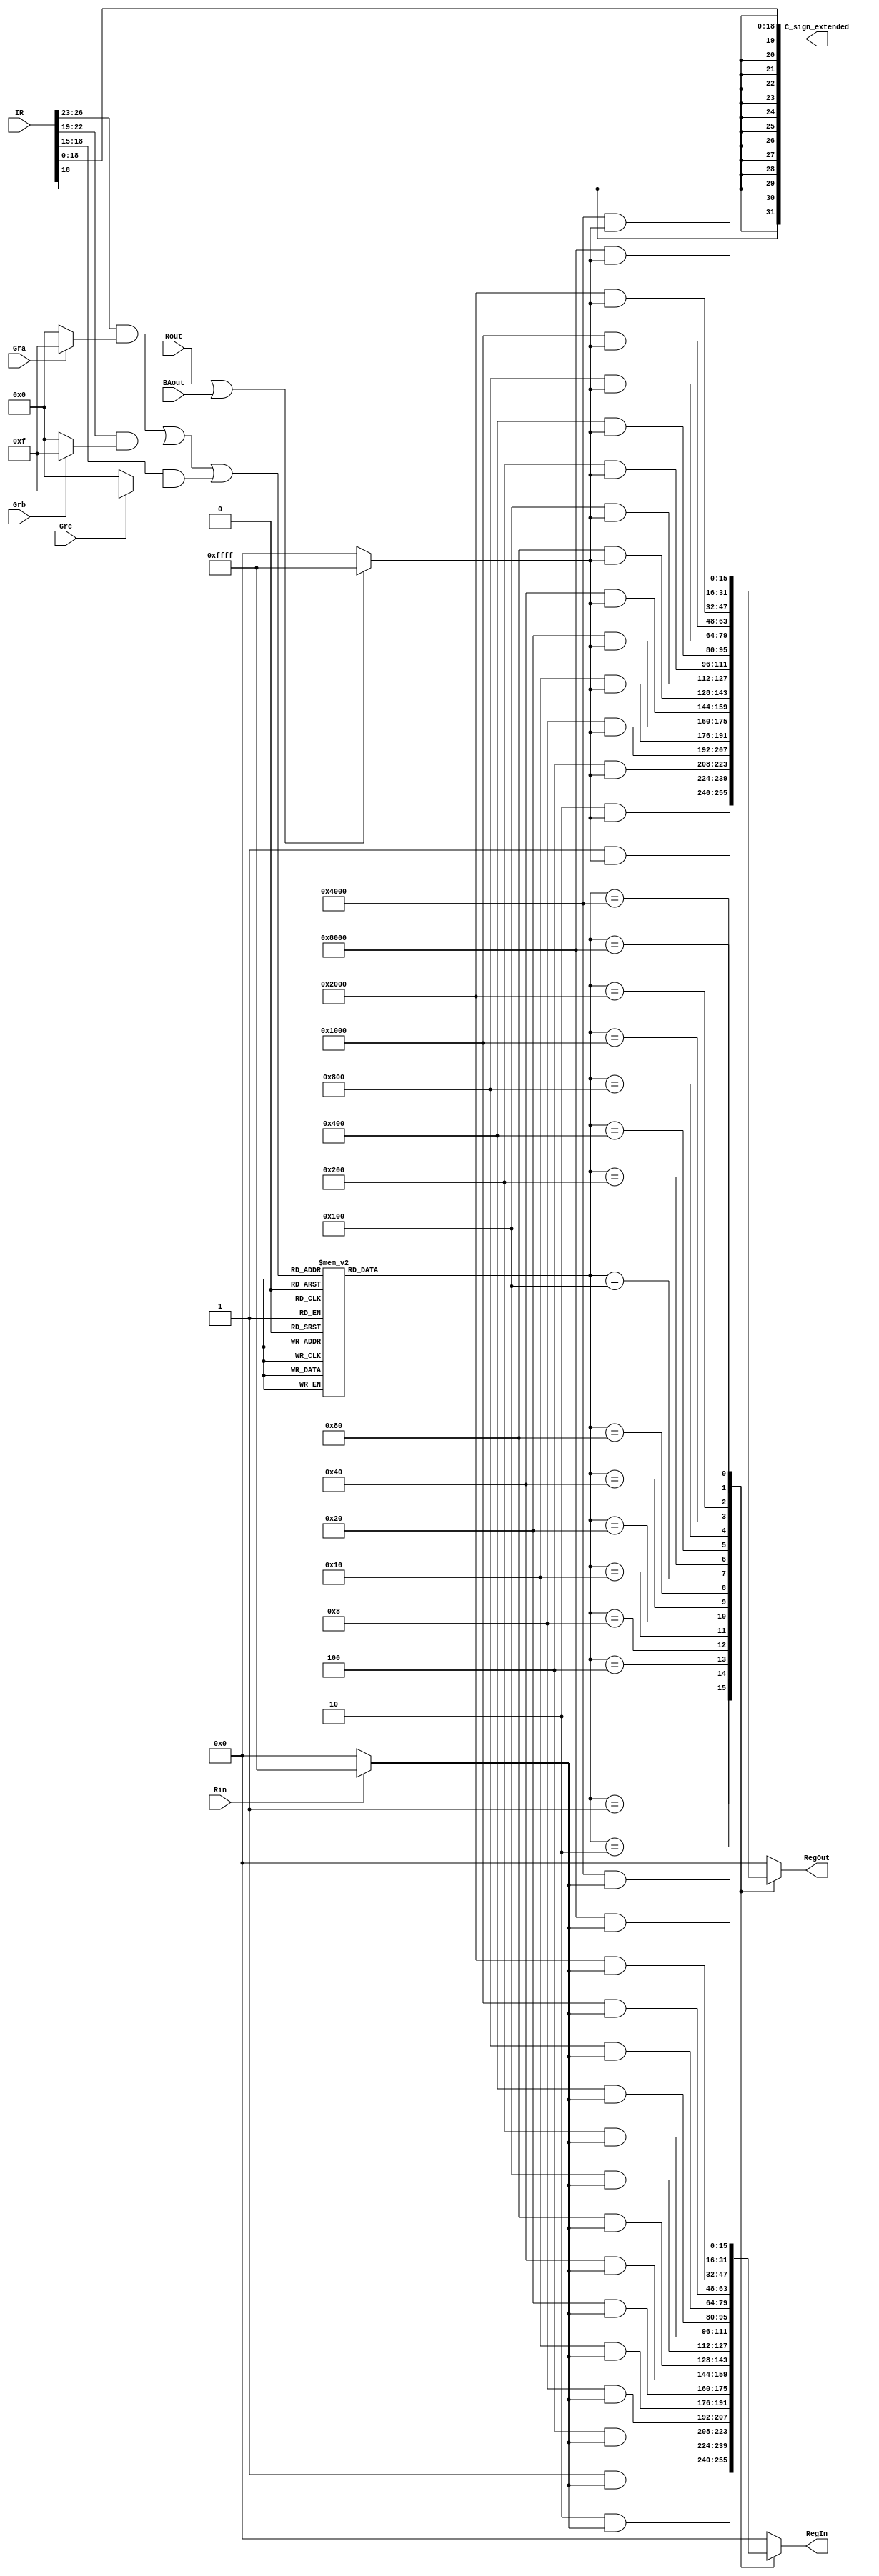
module SelectEncodeLogic(
	input [31:0] IR, 
	input wire Gra, Grb, Grc, Rin, Rout, BAout,  
	output reg [31:0] C_sign_extended,
	output reg [15:0] RegIn, RegOut
);
	// register for the input of the decoder; set all 4 bits to 0 in binary
	reg [3:0] decoderIn = 4'b0000;
	// register for the output of the 16-bit decoder
	reg [15:0] decoderOut;

	initial
			
	begin
		// register in and out, setting all 16 bits to 0
		RegOut = 16'b0;
		RegIn = 16'b0;	 
	end

	reg BAout_or_Rout;
	
	// registers that are used to store the IR's masked bits
	reg [3:0] RA_GRA, RB_GRB, RC_GRC;

   always@(*)
	begin
		// register to store the OR of Rout and BAOout
		BAout_or_Rout = (Rout | BAout);
   end
	 
   always@(*)
	begin
			// finding the masked values of the IR and storing them respectively
        RA_GRA = (IR[26:23] & (Gra? 4'b1111: 4'b0000));
        RB_GRB = (IR[22:19] & (Grb? 4'b1111: 4'b0000));
        RC_GRC = (IR[18:15] & (Grc? 4'b1111: 4'b0000));
		  
		  // using the OR of the masked values to calculate the input for the decoder
        decoderIn = (RA_GRA | RB_GRB | RC_GRC);  
   end

   always@(*) 
   begin
		case(decoderIn)
			// assigning values from 1 to 16 to decoderOut based on the values of decorderIn
			// ranging from input values of 0 to 15
			4'b0000 : decoderOut <= 16'b0000000000000001; 
			4'b0001 : decoderOut <= 16'b0000000000000010;
			4'b0010 : decoderOut <= 16'b0000000000000100; 
			4'b0011 : decoderOut <= 16'b0000000000001000; 
			4'b0100 : decoderOut <= 16'b0000000000010000; 
			4'b0101 : decoderOut <= 16'b0000000000100000; 
			4'b0110 : decoderOut <= 16'b0000000001000000;  
			4'b0111 : decoderOut <= 16'b0000000010000000;  
			4'b1000 : decoderOut <= 16'b0000000100000000;  
			4'b1001 : decoderOut <= 16'b0000001000000000;  
			4'b1010 : decoderOut <= 16'b0000010000000000;  
			4'b1011 : decoderOut <= 16'b0000100000000000;  
			4'b1100 : decoderOut <= 16'b0001000000000000;  
			4'b1101 : decoderOut <= 16'b0010000000000000;  
			4'b1110 : decoderOut <= 16'b0100000000000000;  
			4'b1111 : decoderOut <= 16'b1000000000000000; 
			
			// assigned 0 to decoderOut as a default
			default: decoderOut  <= 16'b0000000000000000;
				
		endcase
		  
    end

	
	always@(*)
   begin
		case(decoderOut)
			// assign a value for RegIn, based on the value of decorderOut, ranging from 1-16
			// will be set tp the first value if Rin is high, else (if it's low) it's set to 0
			16'b0000000000000001: RegIn <= 16'b0000000000000001 & (Rin ? 16'b1111111111111111: 16'b0000000000000000); 
			16'b0000000000000010: RegIn <= 16'b0000000000000010 & (Rin ? 16'b1111111111111111: 16'b0000000000000000); 
			16'b0000000000000100: RegIn <= 16'b0000000000000100 & (Rin ? 16'b1111111111111111: 16'b0000000000000000); 
			16'b0000000000001000: RegIn <= 16'b0000000000001000 & (Rin ? 16'b1111111111111111: 16'b0000000000000000); 
			16'b0000000000010000: RegIn <= 16'b0000000000010000 & (Rin ? 16'b1111111111111111: 16'b0000000000000000); 
			16'b0000000000100000: RegIn <= 16'b0000000000100000 & (Rin ? 16'b1111111111111111: 16'b0000000000000000); 
			16'b0000000001000000: RegIn <= 16'b0000000001000000 & (Rin ? 16'b1111111111111111: 16'b0000000000000000); 
			16'b0000000010000000: RegIn <= 16'b0000000010000000 & (Rin ? 16'b1111111111111111: 16'b0000000000000000); 
			16'b0000000100000000: RegIn <= 16'b0000000100000000 & (Rin ? 16'b1111111111111111: 16'b0000000000000000); 
			16'b0000001000000000: RegIn <= 16'b0000001000000000 & (Rin ? 16'b1111111111111111: 16'b0000000000000000); 
			16'b0000010000000000: RegIn <= 16'b0000010000000000 & (Rin ? 16'b1111111111111111: 16'b0000000000000000); 
			16'b0000100000000000: RegIn <= 16'b0000100000000000 & (Rin ? 16'b1111111111111111: 16'b0000000000000000); 
			16'b0001000000000000: RegIn <= 16'b0001000000000000 & (Rin ? 16'b1111111111111111: 16'b0000000000000000); 
			16'b0010000000000000: RegIn <= 16'b0010000000000000 & (Rin ? 16'b1111111111111111: 16'b0000000000000000); 
			16'b0100000000000000: RegIn <= 16'b0100000000000000 & (Rin ? 16'b1111111111111111: 16'b0000000000000000); 
			16'b1000000000000000: RegIn <= 16'b1000000000000000 & (Rin ? 16'b1111111111111111: 16'b0000000000000000); 
		   
			// set RegIn to 0 as a default case
			default: RegIn <=  16'b0000000000000000;
		  
		endcase 
			  
    end
   
    always@(*)
    begin
		case(decoderOut) 
			// assign a value for RegOut based on the value of decorderOut, ranging from 1-16
			// will be set to the first value if the or of BAout and Rout is high, and if it's low it's set to 0
		  16'b0000000000000001: RegOut <= 16'b0000000000000001 & (BAout_or_Rout? 16'b1111111111111111: 16'b0000000000000000);
		  16'b0000000000000010: RegOut <= 16'b0000000000000010 & (BAout_or_Rout? 16'b1111111111111111: 16'b0000000000000000);
		  16'b0000000000000100: RegOut <= 16'b0000000000000100 & (BAout_or_Rout? 16'b1111111111111111: 16'b0000000000000000);
		  16'b0000000000001000: RegOut <= 16'b0000000000001000 & (BAout_or_Rout? 16'b1111111111111111: 16'b0000000000000000); 
		  16'b0000000000010000: RegOut <= 16'b0000000000010000 & (BAout_or_Rout? 16'b1111111111111111: 16'b0000000000000000); 
		  16'b0000000000100000: RegOut <= 16'b0000000000100000 & (BAout_or_Rout? 16'b1111111111111111: 16'b0000000000000000); 
		  16'b0000000001000000: RegOut <= 16'b0000000001000000 & (BAout_or_Rout? 16'b1111111111111111: 16'b0000000000000000);  
		  16'b0000000010000000: RegOut <= 16'b0000000010000000 & (BAout_or_Rout? 16'b1111111111111111: 16'b0000000000000000);  
		  16'b0000000100000000: RegOut <= 16'b0000000100000000 & (BAout_or_Rout? 16'b1111111111111111: 16'b0000000000000000);  
		  16'b0000001000000000: RegOut <= 16'b0000001000000000 & (BAout_or_Rout? 16'b1111111111111111: 16'b0000000000000000);  
		  16'b0000010000000000: RegOut <= 16'b0000010000000000 & (BAout_or_Rout? 16'b1111111111111111: 16'b0000000000000000);  
		  16'b0000100000000000: RegOut <= 16'b0000100000000000 & (BAout_or_Rout? 16'b1111111111111111: 16'b0000000000000000);  
		  16'b0001000000000000: RegOut <= 16'b0001000000000000 & (BAout_or_Rout? 16'b1111111111111111: 16'b0000000000000000);  
		  16'b0010000000000000: RegOut <= 16'b0010000000000000 & (BAout_or_Rout? 16'b1111111111111111: 16'b0000000000000000);  
		  16'b0100000000000000: RegOut <= 16'b0100000000000000 & (BAout_or_Rout? 16'b1111111111111111: 16'b0000000000000000);  
		  16'b1000000000000000: RegOut <= 16'b1000000000000000 & (BAout_or_Rout? 16'b1111111111111111: 16'b0000000000000000);  

		  // assigned 0 to decoderOut as a default
		  default: RegOut <= 16'b0000000000000000;
			  
		endcase   
    end

	always@(IR)
   begin
		// take the least significant 19 bits of the IR signal and extend them
		// if the 18th bit is 1, it extends with all 1s, else, it extends with all 0s
		C_sign_extended = $signed(IR[18:0]);
	end
	 
endmodule